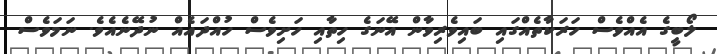
ލޯބީގެ އެއްވެސް ހަރަކާތެއްގައި ބައިވެރިވާން އޭނަގެ ހިތާއި ހަށިވެސް ހުއްދައެއް ނުދޭނެއެވެ. ނަމަވެސް